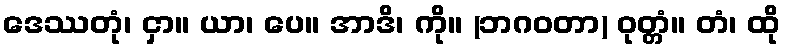
ဒေဿတုံ၊ ငှာ။ ယာ၊ ပေ။ အာဒိ၊ ကို။ (ဘဂဝတာ) ဝုတ္တံ။ တံ၊ ထို